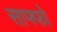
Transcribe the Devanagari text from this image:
साफ्फो